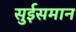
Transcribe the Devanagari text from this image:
सुईसमान